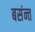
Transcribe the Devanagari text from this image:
बसंन्त